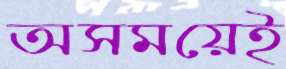
অসময়েই